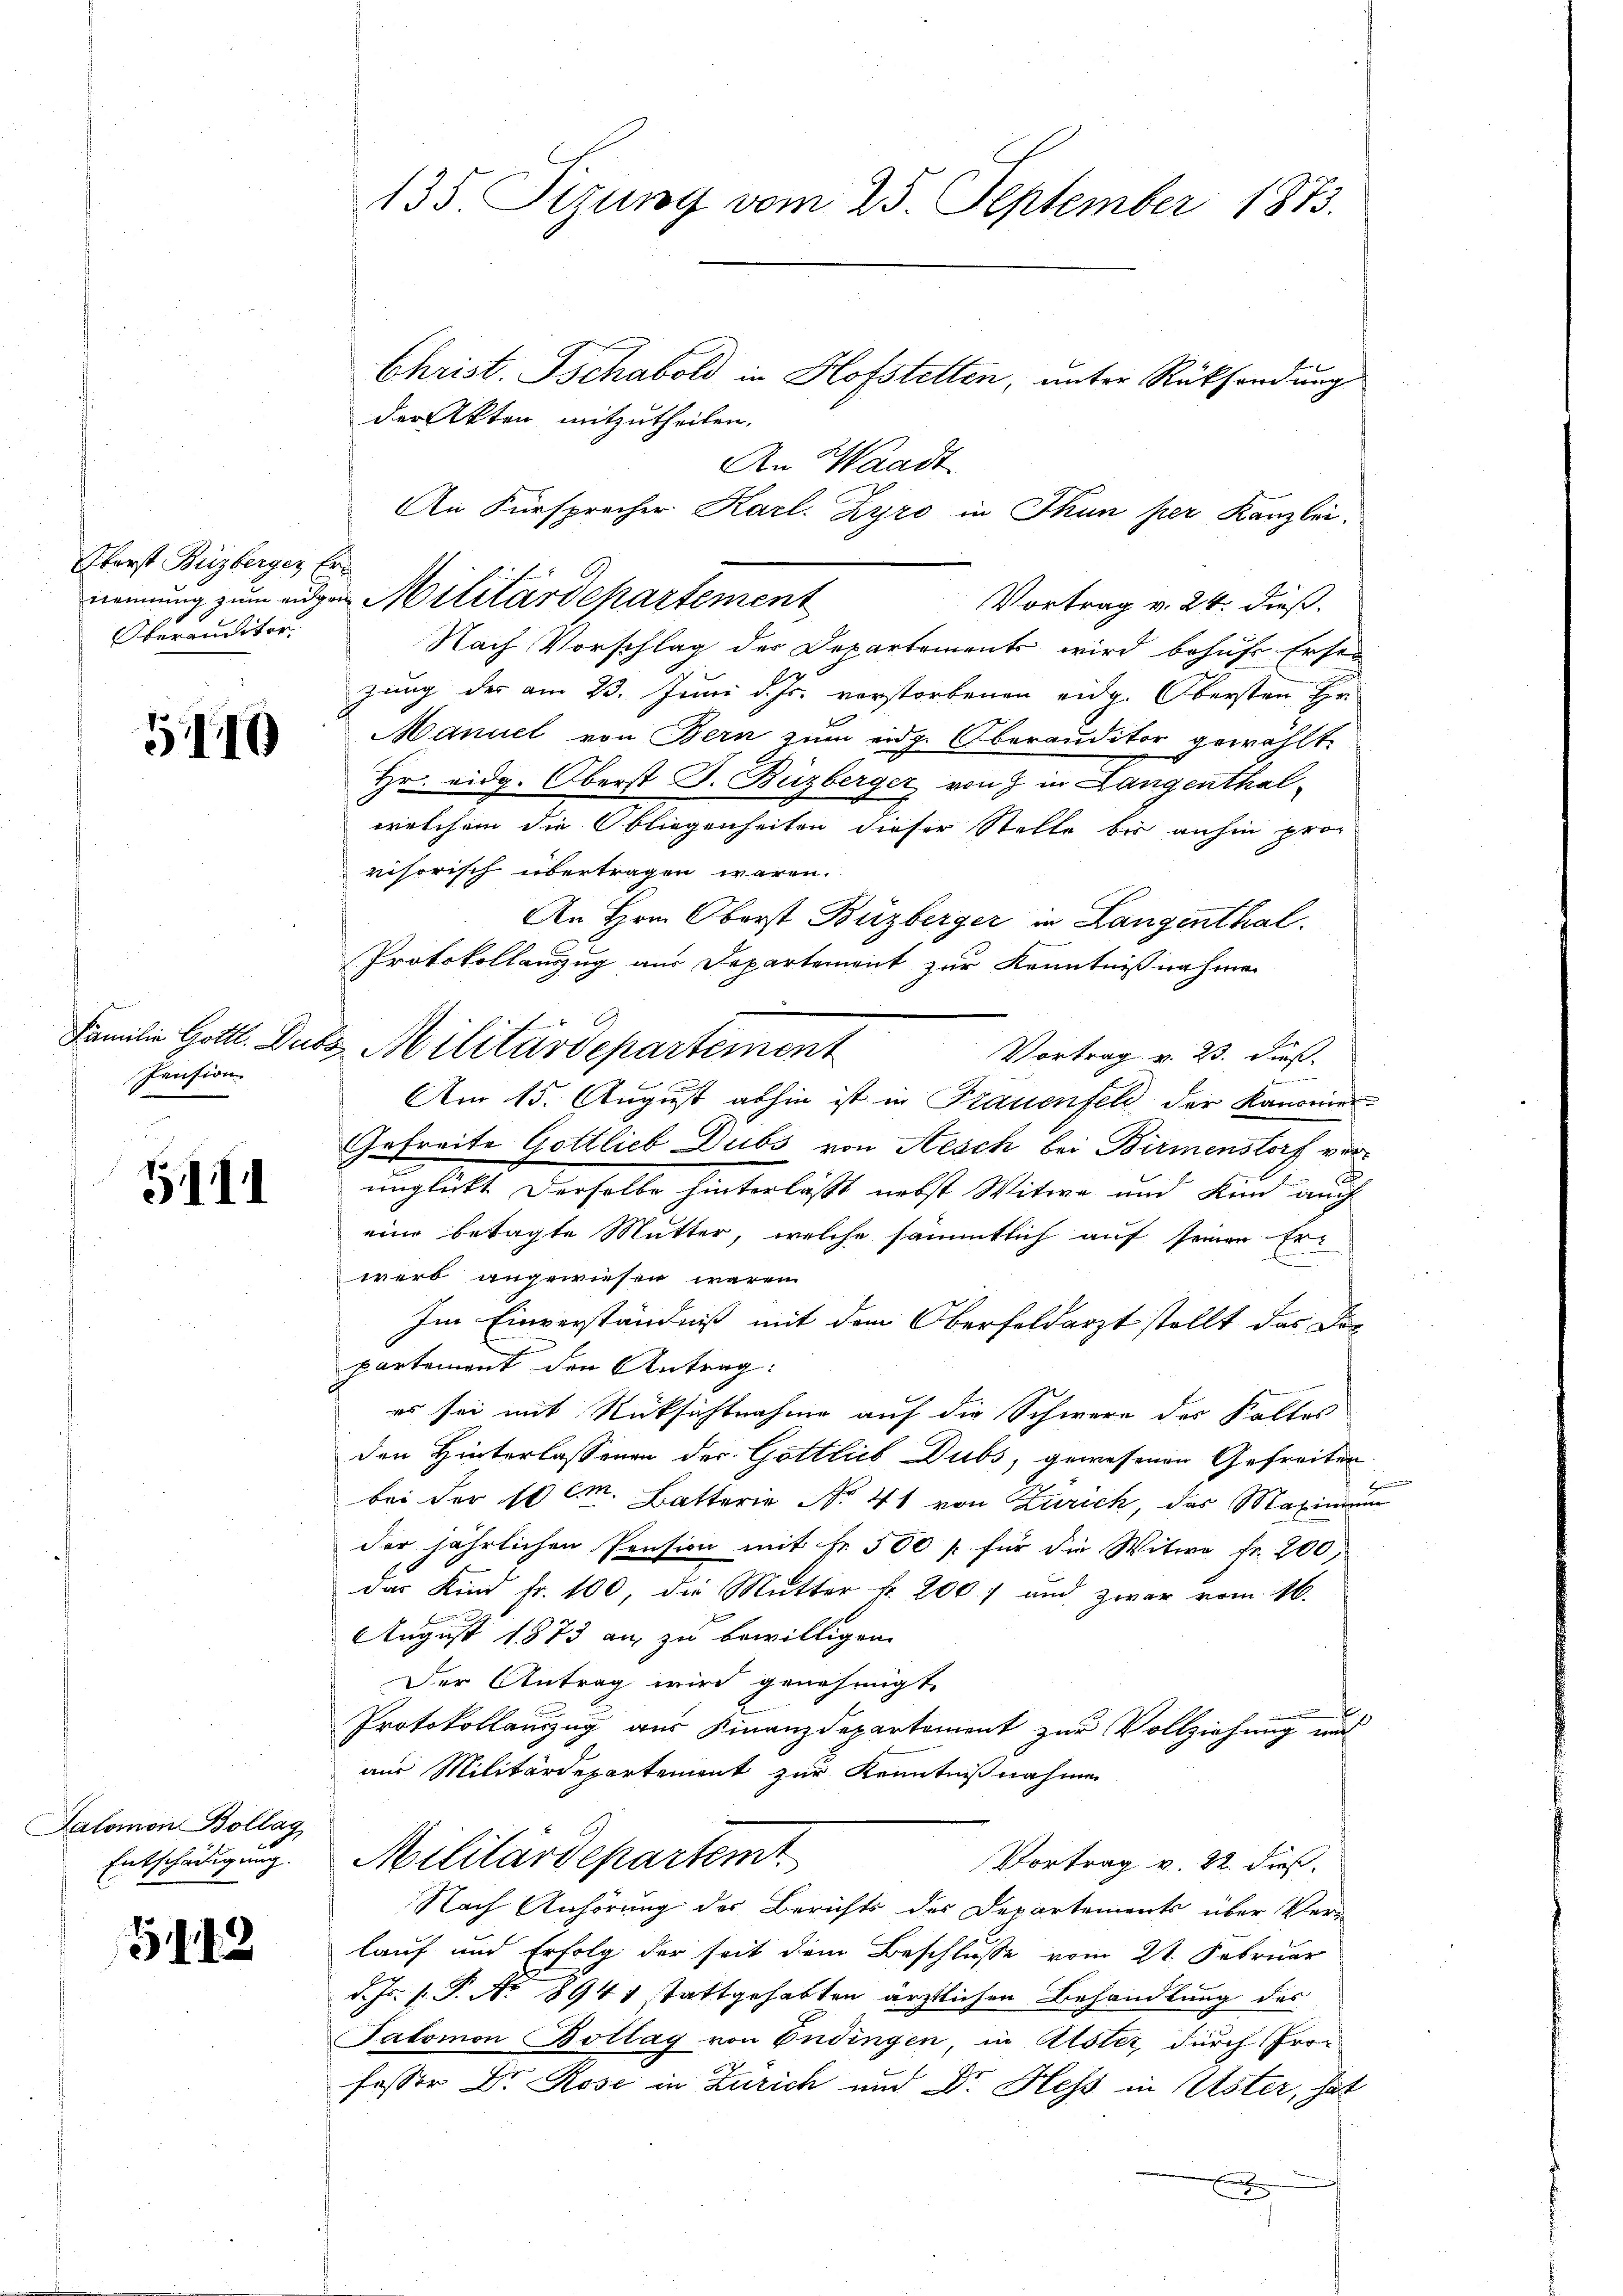
Oberst Buzberger Er
Oberauditor

519

Pension

541

Salomon Bollag
Entschädigung.

5142

135. Sizung vom 25. September 1873.

Christ. Tschabold in Hofstellen, unter Rücksendung
der Akten mitzutheilen.
An Waadt
An Fürsprecher Karl. Zyro in Thun per Kanzlei.
Vortrag v. 24. dieß.
Nach Vorschlag der Departements wird behufe Erste
gung der am 23. Juni d. Js. verstorbenen eidg. Obersten Er
Manuel von Bern zum eidg. Oberauditor gewählt.
Hr. eidg. Oberst J. Buzberger von 7 in Langenthal
welchem die bliegenheiten dieser Stelle bis anhin provisorisch übertragen wären.
An Hrn. Oberst Buzberger in Langenthal.
Protokollauszug aus Departement zur Kenntnißnahme
2
Vortrag v. 23. dieß
.
Am 15. August abhin ist in Frauenfeld der Kanonier-
Gefreite Gottlieb Dubs von Aesch bei Birmenstorf verunglückt derselbe hinterlässt nebst Witwe und Kind auch
eine betagte Mutter, welche sämmtlich auf seinen Erwert angewiesen wären
Im Einverständniß mit dem Oberfeldarzt stellt das Departement den Antrag:
es sei mit Rücksichtnahme auf die Schwere des Kaltes
den Hinterlassenen der Gottlieb Dubs, gewesenen Gefreiten
bei der 10 M. Batterie No. 41 von Zürich, das Maxim
der jährlichen Pension mit Nr. 500 f. für die Witwe Fr. 200,
das Kind fr. 100, die Mutter k. 200) und zwar vom 16.
August 1873 an, zu bewilligen.
Der Antrag wird genehmigt.

Protokollanzug aus Finanzdepartement zur Vollziehung mit
aus Militärdepartement zur Kenntnißnahmen
Militärdepartemt
Vortrag v. 22. dieß.
Nach Anhörung des Berichts des Departements über Ver-
lauf und Erfolg der seit dem Beschlusse vom 21. Februar
d. Js. v. P. No 8941 stattgehabten ärztlichen Behandlung des
Salomon Bollag von Endingen, in Alster, durch Professor Dr. Rose in Zürich und Dr. Hess in Uster, hat
E

nennung zum augen Militärdepartement

Familie Gottl. Dubs Militärdepartement